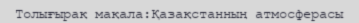
Толығырақ мақала:Қазақстанның атмосферасы